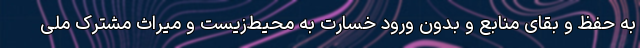
به حفظ و بقای منابع و بدون ورود خسارت به محیط‌زیست و میراث مشترک ملی